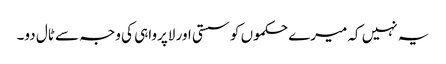
یہ نہیں کہ میرے حکموں کو سستی اور لاپرواہی کی وجہ سے ٹال دو۔